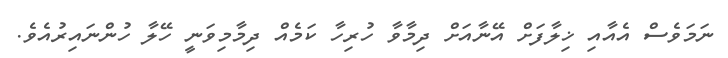
ނަމަވެސް އެއާއި ޚިލާފަށް އޭނާއަށް ދިމާވާ ހުރިހާ ކަމެއް ދިމާމިވަނީ ހޭލާ ހުންނައިރުއެވެ.